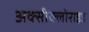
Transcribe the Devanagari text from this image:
अक्‍सीक्‍लोराइड